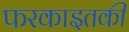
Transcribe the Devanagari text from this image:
फरकाइतकी